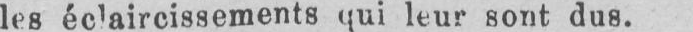
les éclaircissements qui leur sont dus.